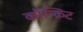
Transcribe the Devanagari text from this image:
कॉन्‍क्रिट